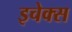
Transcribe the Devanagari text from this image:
इचेक्स